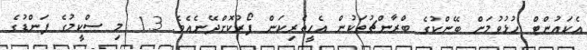
އެކައުންޓް ހުޅުވުމަށް ބޭންކުގެ ބްރާންޗުތަކުން އެހީތެރިކަން ފޯރުކޮށްދޭނެއެވެ. 1.3 މި ސްކީމުގެ ފަންޑުގެ